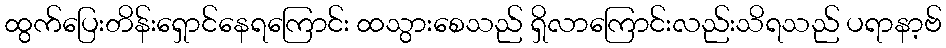
ထွက်ပြေးတိန်းရှောင်နေရကြောင်း ထသွားစေသည် ရှိလာကြောင်းလည်းသိရသည် ပရာနာ့ဗ်